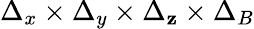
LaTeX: \Delta_{x}\times\Delta_{y}\times\Delta_{\mathbf{z}}\times\Delta_{B}